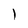
Character: 1